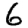
Digit: 6